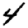
Digit: 4